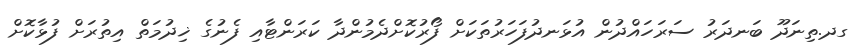
ގދ.ތިނަދޫ ބަނދަރު ސަރަހައްދުން އުޅަނދުފަހަރުތަކަށް ފޯރުކޮށްދެމުންދާ ކަރަންޓާއި ފެނުގެ ޚިދުމަތް އިތުރަށް ފުޅާކޮށް